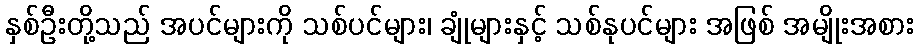
နှစ်ဦးတို့သည် အပင်များကို သစ်ပင်များ၊ ချုံများနှင့် သစ်နုပင်များ အဖြစ် အမျိုးအစား